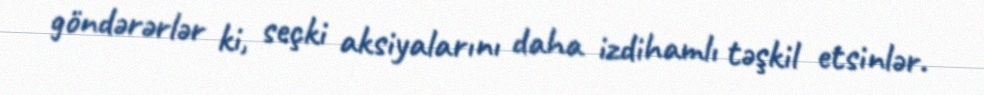
göndərərlər ki, seçki aksiyalarını daha izdihamlı təşkil etsinlər.